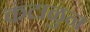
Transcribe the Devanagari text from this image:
कंटाळुन